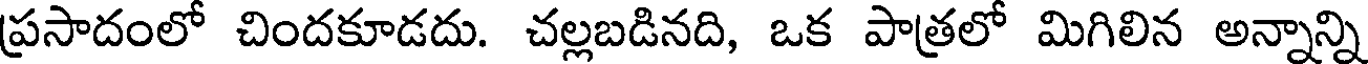
ప్రసాదంలో చిందకూడదు. చల్లబడినది, ఒక పాత్రలో మిగిలిన అన్నాన్ని